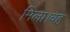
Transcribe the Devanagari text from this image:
मिला।वह